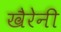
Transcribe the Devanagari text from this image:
खैरेनी